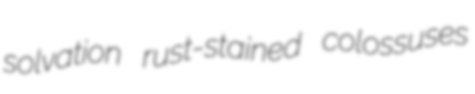
solvation rust-stained colossuses